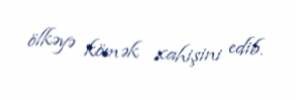
ölkəyə kömək xahişini edib.